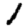
Digit: 1